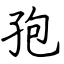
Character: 孢